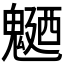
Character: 𩳹